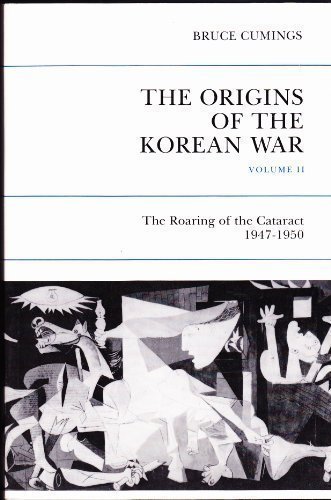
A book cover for Origins of the Korean War, Vol. 2: The Roaring of the Cataract, 1947-1950; Bruce Cumings; History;